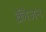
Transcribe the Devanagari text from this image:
क्रीजन